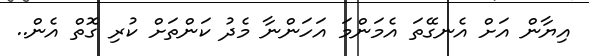
އިޔާން އަށް އެނގޭތަ އެމަންމަ އަހަންނާ މެދު ކަންތަށް ކުރި ގޮތް އެން..